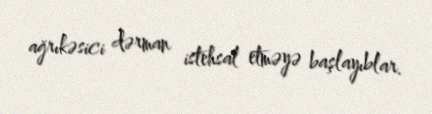
ağrıkəsici dərman istehsal etməyə başlayıblar.